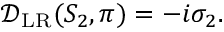
\begin{array} { r } { \mathcal { D } _ { \mathrm { L R } } ( S _ { 2 } , \pi ) = - i \sigma _ { 2 } . } \end{array}